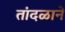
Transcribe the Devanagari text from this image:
तांदळाने